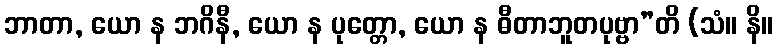
ဘာတာ, ယော န ဘဂိနီ, ယော န ပုတ္တော, ယော န ဓီတာဘူတပုဗ္ဗာ”တိ (သံ။ နိ။